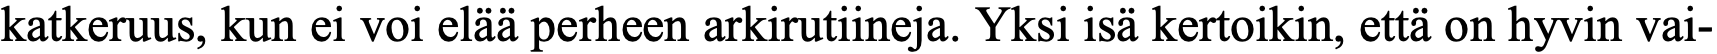
katkeruus, kun ei voi elää perheen arkirutiineja. Yksi isä kertoikin, että on hyvin vai-